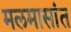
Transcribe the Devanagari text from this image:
मलमासांत